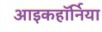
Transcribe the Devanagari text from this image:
आइकहॉर्निया